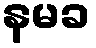
နမခ